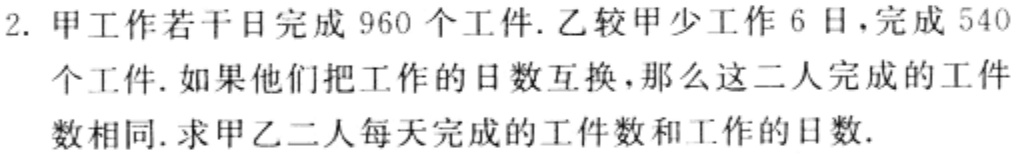
2. 甲工作若干日完成 960 个工件.乙较甲少工作 6 日，完成 540 个工件.如果他们把工作的日数互换，那么这二人完成的工件数相同.求甲乙二人每天完成的工件数和工作的日数.